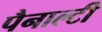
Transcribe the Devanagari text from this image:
पैनाल्टी